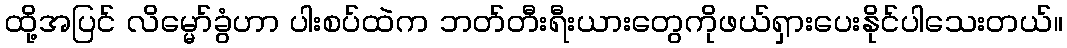
ထို့အပြင် လိမ္မော်ခွံဟာ ပါးစပ်ထဲက ဘတ်တီးရီးယားတွေကိုဖယ်ရှားပေးနိုင်ပါသေးတယ်။